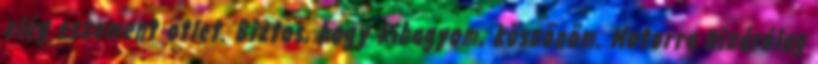
elég eszement ötlet. Biztos, hogy kihagyom, köszönöm. Motorra kizárólag